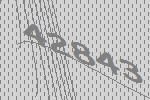
42843